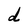
Character: d